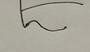
Signature authenticity: forged